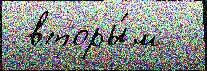
 вторы́м